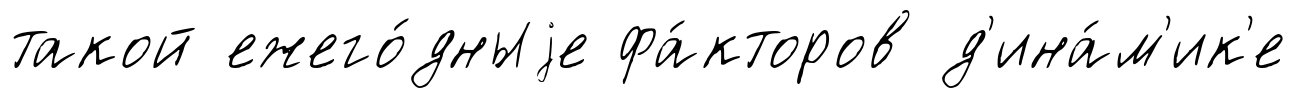
такой ежего́дныjе фа́кторов д'ина́м'ик'е